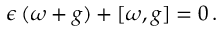
\epsilon \, ( \omega + g ) + [ \omega , g ] = 0 \, .